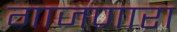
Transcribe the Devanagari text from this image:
गाजणारा